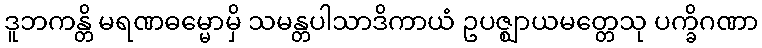
ဒူဘကန္တိ မရဏဓမ္မောမှိ သမန္တပါသာဒိကာယံ ဥပဇ္ဈာယမတ္တေသု ပက္ခိဂဏာ